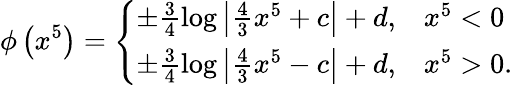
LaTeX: \phi\left(x^{5}\right)=\left\{ \begin{array}{ll}{{\pm\frac{3}{4}\log\left|\frac{4}{3}x^{5}+c\right|+d,}}&{{x^{5}<0}}\\ {{\pm\frac{3}{4}\log\left|\frac{4}{3}x^{5}-c\right|+d,}}&{{x^{5}>0.}}\end{array}\right.